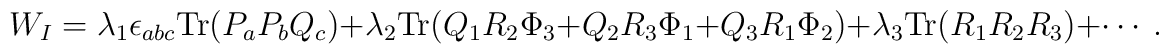
W_I =  \lambda_{1} \epsilon_{abc} {\mbox{Tr}} (P_a P_b Q_c)       + \lambda_{2} {\mbox{Tr}}        (Q_1 R_2 \Phi_3 + Q_2 R_3 \Phi_1 + Q_3 R_1 \Phi_2)       + \lambda_{3} {\mbox{Tr}} (R_1 R_2 R_3) + \cdots ~.